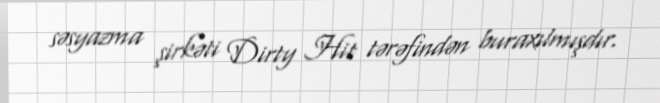
səsyazma şirkəti Dirty Hit tərəfindən buraxılmışdır.